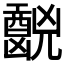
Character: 𫤧